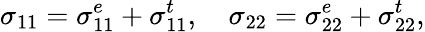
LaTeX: \sigma_{11}=\sigma_{11}^{e}+\sigma_{11}^{t},\quad\sigma_{22}=\sigma_{22}^{e}+\sigma_{22}^{t},